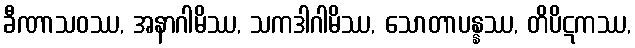
ခီဏာသဝဿ, အနာဂါမိဿ, သကဒါဂါမိဿ, သောတာပန္နဿ, တိပိဋကဿ,